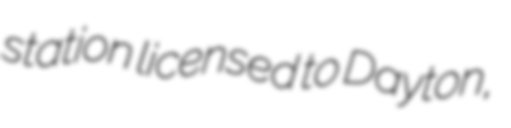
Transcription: station licensed to Dayton,